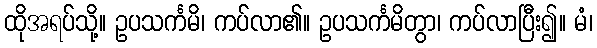
ထိုအရပ်သို့။ ဥပသင်္ကမိ၊ ကပ်လာ၏။ ဥပသင်္ကမိတွာ၊ ကပ်လာပြီး၍။ မံ၊